Report of the Bombay Plague Committee
Disease focus: Plague
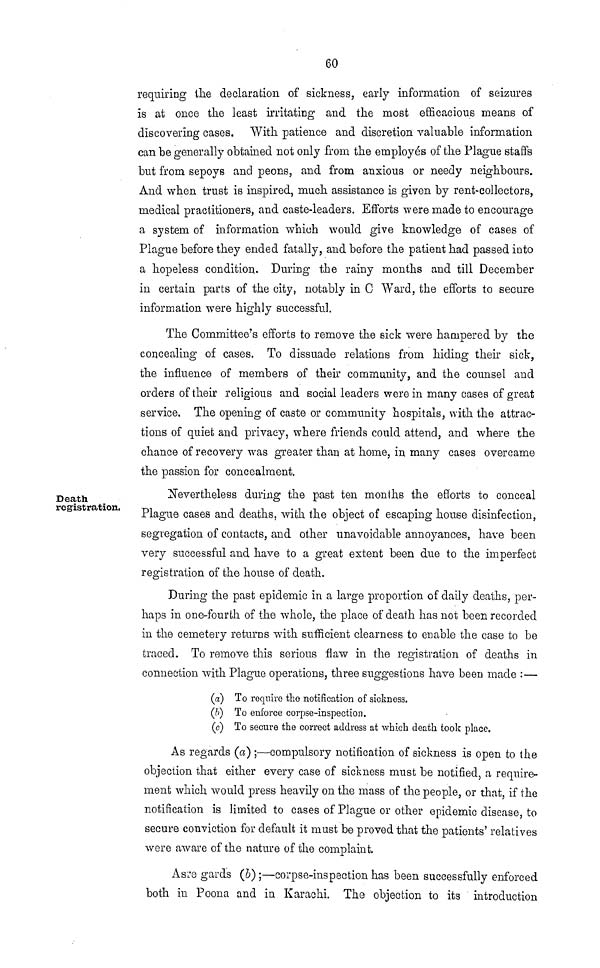
60
requiring the declaration of sickness, early information of seizures
is at once the least irritating and the most efficacious means of
discovering cases. With patience and discretion valuable information
can be generally obtained not only from the employes of the Plague staffs
but from sepoys and peons, and from anxious or needy neighbours.
And when trust is inspired, much assistance is given by rent-collectors,
medical practitioners, and caste-leaders. Efforts were made to encourage
a system of information which would give knowledge of cases of
Plague before they ended fatally, and before the patient had passed into
a hopeless condition. During the rainy months and till December
in certain parts of the city, notably in C Ward, the efforts to secure
information were highly successful.
The Committee's efforts to remove the sick were hampered by the
concealing of cases. To dissuade relations from hiding their sick,
the influence of members of their community, and the counsel and
orders of their religious and social leaders were in many cases of great
service. The opening of caste or community hospitals, with the attrac-
tions of quiet and privacy, where friends could attend, and where the
chance of recovery was greater than at home, in many cases overcame
the passion for concealment.
Death
registration.
Nevertheless during the past ten months the efforts to conceal
Plague cases and deaths, with the object of escaping house disinfection,
segregation of contacts, and other unavoidable annoyances, have been
very successful and have to a great extent been due to the imperfect
registration of the house of death.
During the past epidemic in a large proportion of daily deaths, per-
haps in one-fourth of the whole, the place of death has not been recorded
in the cemetery returns with sufficient clearness to enable the case to be
traced. To remove this serious flaw in the registration of deaths in
connection with Plague operations, three suggestions have been made :—
(a) To require the notification of sickness.
(b) To enforce corpse-inspection.
(c) To secure the correct address at which death took place.
As regards (a) ;—compulsory notification of sickness is open to the
objection that either every case of sickness must be notified, a require-
ment which would press heavily on the mass of the people, or that, if the
notification is limited to cases of Plague or other epidemic disease, to
secure conviction for default it must be proved that the patients' relatives
were aware of the nature of the complaint.
Asre gards (b) ;—corpse-inspection has been successfully enforced
both in Poona and in Karachi. The objection to its introduction